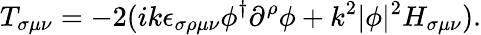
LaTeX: T_{\sigma\mu\nu}=-2(ik\epsilon_{\sigma\rho\mu\nu}\phi^{\dagger}\partial^{\rho}\phi+k^{2}|\phi|^{2}H_{\sigma\mu\nu}).